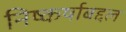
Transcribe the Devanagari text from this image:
निष्कर्षाबद्दल